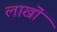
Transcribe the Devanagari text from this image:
लाखॊं